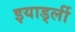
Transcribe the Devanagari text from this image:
इयार्ड्ली